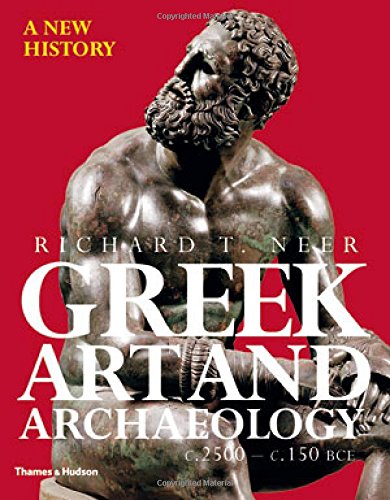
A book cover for Greek Art and Archaeology: A New History, c. 2500-c. 150 BCE; Richard T. Neer; Science & Math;